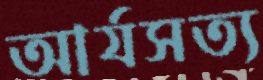
আর্যসত্য